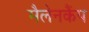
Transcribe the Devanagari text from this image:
मैलेनकैंप